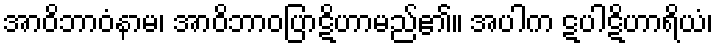
အာဝိဘာဝံနာမ၊ အာဝိဘာဝပြာဋိဟာမည်၏။ အပါက ဋပါဋိဟာရိယံ၊